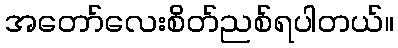
အတော်လေးစိတ်ညစ်ရပါတယ်။